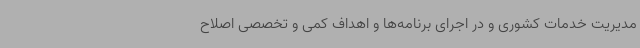
مدیریت خدمات کشوری و در اجرای برنامه‌ها و اهداف کمی و تخصصی اصلاح